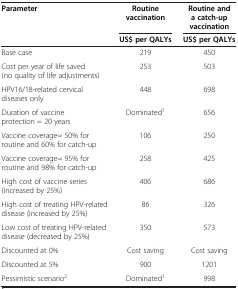
<table><thead><tr><td rowspan="2"><b>Parameter</b></td><td><b>Routine vaccination</b></td><td><b>Routine and a catch-up vaccination</b></td></tr><tr><td><b>US$ per QALYs</b></td><td><b>US$ per QALYs</b></td></tr></thead><tbody><tr><td>Base case</td><td>219</td><td>450</td></tr><tr><td>Cost per year of life saved (no quality of life adjustments)</td><td>253</td><td>503</td></tr><tr><td>HPV16/18-related cervical diseases only</td><td>448</td><td>698</td></tr><tr><td>Duration of vaccine protection = 20 years</td><td>Dominated<sup>1</sup></td><td>656</td></tr><tr><td>Vaccine coverage= 50% for routine and 60% for catch-up</td><td>106</td><td>250</td></tr><tr><td>Vaccine coverage= 95% for routine and 98% for catch-up</td><td>258</td><td>425</td></tr><tr><td>High cost of vaccine series (increased by 25%)</td><td>406</td><td>686</td></tr><tr><td>High cost of treating HPV-related disease (increased by 25%)</td><td>86</td><td>326</td></tr><tr><td>Low cost of treating HPV-related disease (decreased by 25%)</td><td>350</td><td>573</td></tr><tr><td>Discounted at 0%</td><td>Cost saving</td><td>Cost saving</td></tr><tr><td>Discounted at 5%</td><td>900</td><td>1201</td></tr><tr><td>Pessimistic scenario<sup>2</sup></td><td>Dominated<sup>1</sup></td><td>998</td></tr></tbody></table>